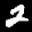
Label: 2